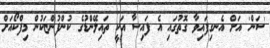
'ސަން' އަށް އެނގިފައިވާ ގޮތުގައި އެ ފައިސާ އަކީ ތައިލޭންޑުގެ ކުންފުންޏަކުން މިފްކޯއަށް